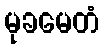
မုခမေတံ